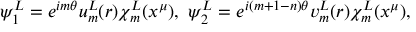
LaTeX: \psi _ { 1 } ^ { L } = e ^ { i m \theta } u _ { m } ^ { L } ( r ) \chi _ { m } ^ { L } ( x ^ { \mu } ) , ~ \psi _ { 2 } ^ { L } = e ^ { i ( m + 1 - n ) \theta } v _ { m } ^ { L } ( r ) \chi _ { m } ^ { L } ( x ^ { \mu } ) ,